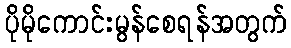
ပိုမိုကောင်းမွန်စေရန်အတွက်